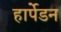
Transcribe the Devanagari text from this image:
हार्पेडन